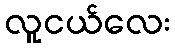
လူငယ်လေး